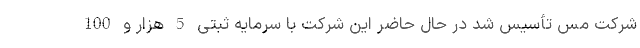
شرکت مس تأسیس شد در حال حاضر این شرکت با سرمایه ثبتی 5 هزار و 100